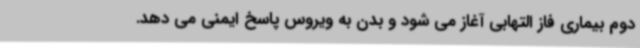
دوم بیماری فاز التهابی آغاز می شود و بدن به ویروس پاسخ ایمنی می دهد.